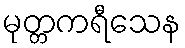
မုတ္တကရီသေန